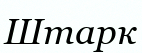
Штарк